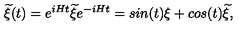
{ \widetilde \xi } ( t ) = e ^ { i H t } { \widetilde \xi } e ^ { - i H t } = s i n ( t ) \xi + c o s ( t ) { \widetilde \xi } ,